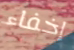
إخفاء